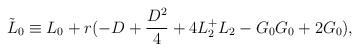
LaTeX: \begin{align*}\tilde L_0 \equiv L_0 + r(-D + \frac{D^2}{4} + 4L^+_2 L_2 - G_0G_0 + 2G_0),\end{align*}